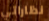
نظاراتي